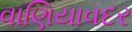
વાણિયાવદર